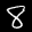
Label: 8